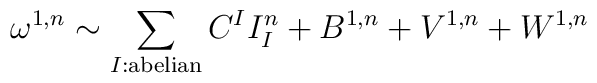
\omega^{1,n}\sim \sum_{I:\mathrm{abelian}} C^I I^n_I+B^{1,n}+V^{1,n}+W^{1,n}